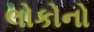
લોકોનો